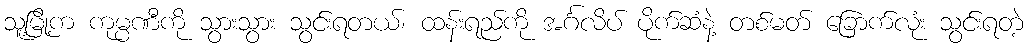
သူ့မြို့က ကုမ္ပဏီကို သွားသွား သွင်းရတယ်၊ ထန်းရည်ကို အင်္ဂလိပ် ပိုက်ဆံနဲ့ တစ်မတ် ခြောက်လုံး သွင်းရတဲ့